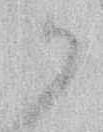
か